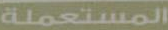
المستعملة